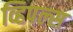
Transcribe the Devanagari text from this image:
व्हिपल्स